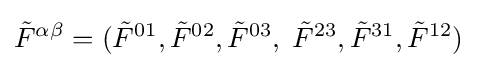
{\tilde {F}}^{\alpha \beta }=({\tilde {F}}^{01},{\tilde {F}}^{02},{\tilde {F}}^{03},\;{\tilde {F}}^{23},{\tilde {F}}^{31},{\tilde {F}}^{12})